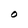
Character: O